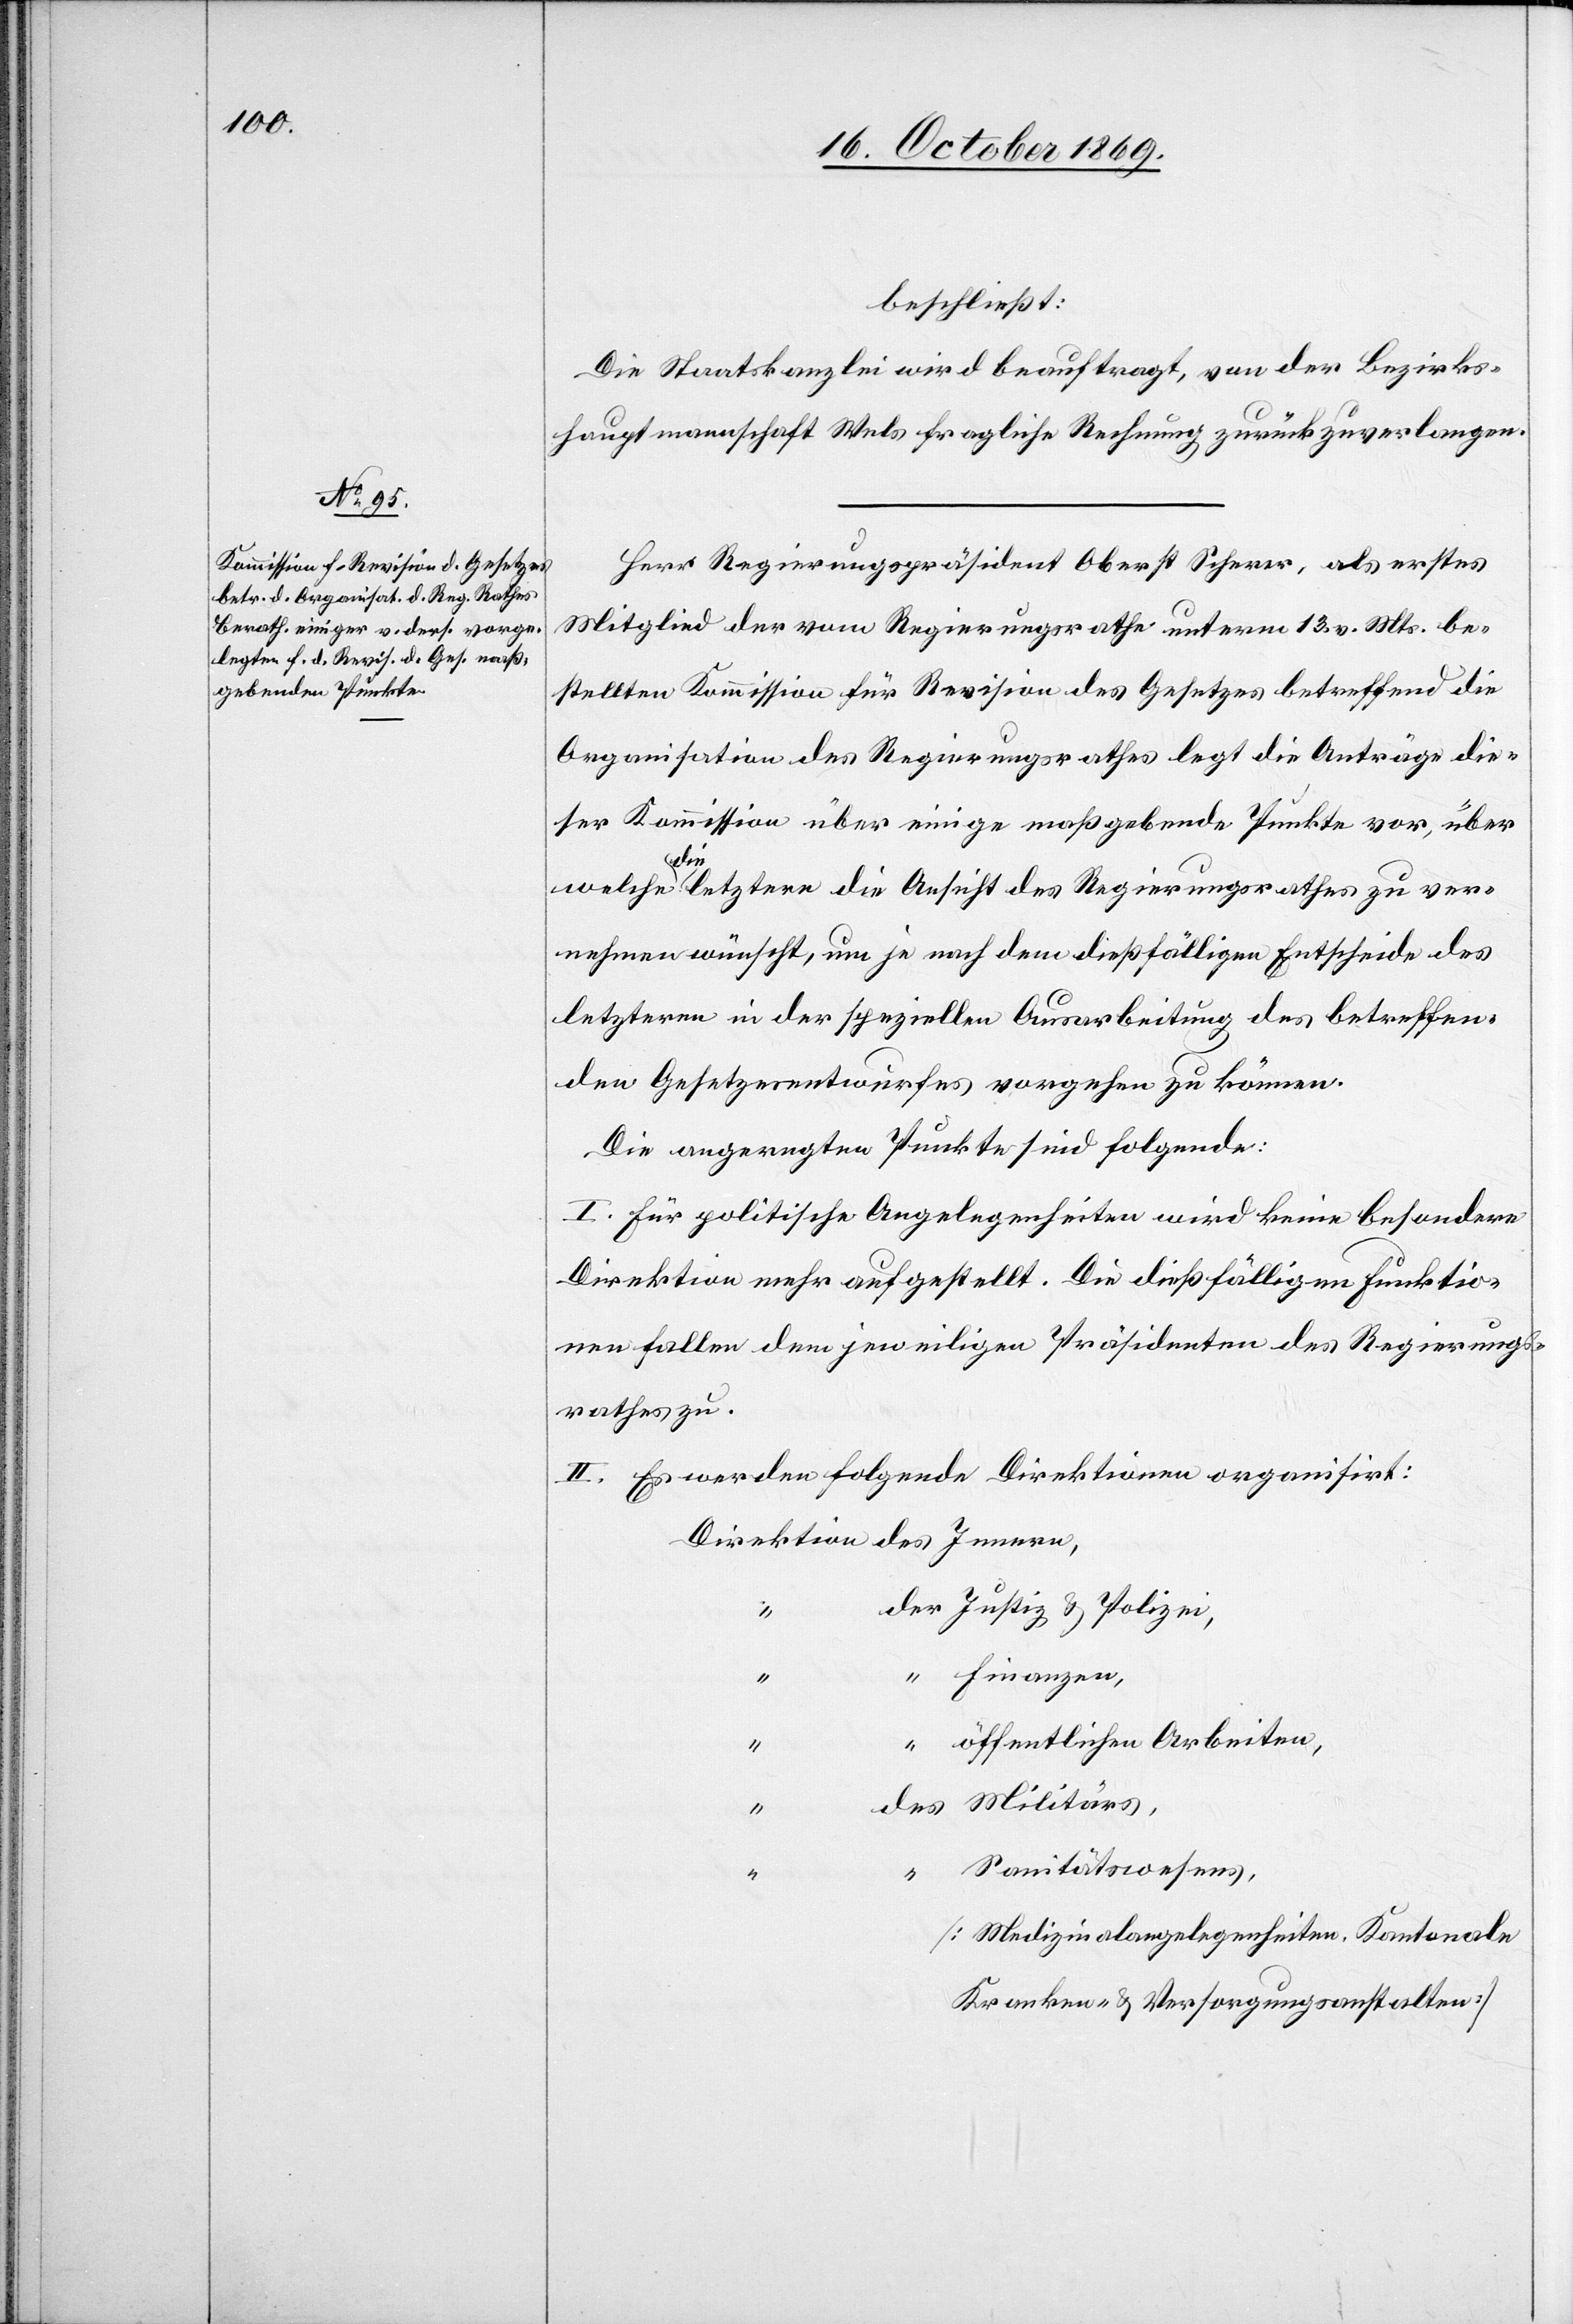
beschließt:
Die Staatskanzlei wird beauftragt, von der Bezirks¬
hauptmannschaft Wels fragliche Rechnung zurückzuverlangen.
Herr Regierungspräsident Oberst Scherer, als erstes
Mitglied der vom Regierungsrathe unterm 13. v. Mts. be¬
stellten Kommission für Revision des Gesetzes betreffend die
Organisation des Regierungsrathes legt die Anträge die¬
ser Kommission über einige maßgebende Punkte vor, über
des
welche die letztere die Ansicht des Regierungsrathes zu ver¬
nehmen wünscht, um je nach dem dießfälligen Entscheide des
letzteren in der speziellen Ausarbeitung des betreffen¬
den Gesetzesentwurfes vorgehen zu können.
Die angeregten Punkte sind folgende:
I. Für politische Angelegenheiten wird keine besondere
Direktion mehr aufgestellt. Die dießfälligen Funktio¬
nen fallen dem jeweiligen Präsidenten des Regierungs¬
rathes zu.
II. Es werden folgende Direktionen organisirt:
der Justiz & Polizei,
Finanzen,
“
öffentlichen Arbeiten,
“
des Militärs,
“
“ Sanitätswesens,
[Medizinalangelegenheiten. Kantonale
Kranken- & Versorgungsanstalten]